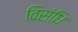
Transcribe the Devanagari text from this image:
विसंधि